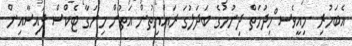
އެބަހުރި .މިއީވެސ ްހިދުމަތް ދިނުމުގެ ބަދަލުގަ ރައްޔިތުން އަތުން މިނަގާ ޓެކްސް ފައިސާއިން